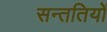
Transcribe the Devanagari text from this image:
सन्ततियों